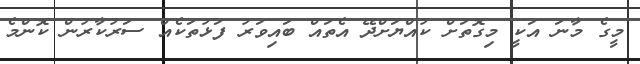
މީގެ މާނަ އަކީ މިގޮތަށް ކުއްޔަށްދޭ އެތައް ބައިވަރު ފަޅުތަކެއް ސަރުކާރުން ކޮންމެ